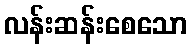
လန်းဆန်းစေသော